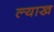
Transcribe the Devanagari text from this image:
ल्याख